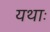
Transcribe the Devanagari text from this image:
यथाः